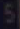
s